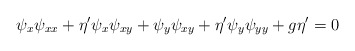
\begin{align*}\psi_x\psi_{xx}+\eta'\psi_x\psi_{xy}+\psi_y\psi_{xy}+\eta'\psi_y\psi_{yy}+g\eta'=0\end{align*}